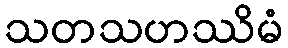
သတသဟဿိမံ